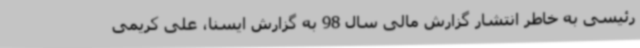
رئیسی به خاطر انتشار گزارش مالی سال 98 به گزارش ایسنا، علی کریمی